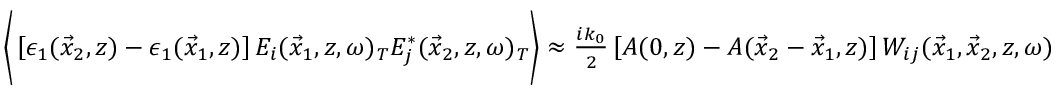
\begin{array} { r } { \bigg \langle \left[ \epsilon _ { 1 } ( \vec { x } _ { 2 } , z ) - \epsilon _ { 1 } ( \vec { x } _ { 1 } , z ) \right] E _ { i } ( \vec { x } _ { 1 } , z , \omega ) _ { T } E _ { j } ^ { * } ( \vec { x } _ { 2 } , z , \omega ) _ { T } \bigg \rangle \approx \frac { i k _ { 0 } } { 2 } \left[ A ( 0 , z ) - A ( \vec { x } _ { 2 } - \vec { x } _ { 1 } , z ) \right] W _ { i j } ( \vec { x } _ { 1 } , \vec { x } _ { 2 } , z , \omega ) } \end{array}